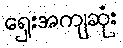
ရှေးအကျဆုံး